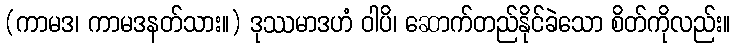
(ကာမဒ၊ ကာမဒနတ်သား။) ဒုဿမာဒဟံ ဝါပိ၊ ဆောက်တည်နိုင်ခဲသော စိတ်ကိုလည်း။